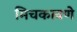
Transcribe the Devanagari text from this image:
मिचकावणे